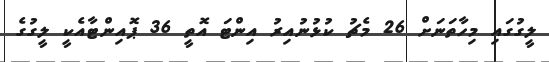
ލީގުގައި މިހާތަނަށް 26 މެޗު ކުޅުނުއިރު އިންޓަ އޮތީ 36 ޕޮއިންޓާއެކީ ލީގުގެ